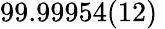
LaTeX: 99.99954(12)\